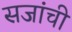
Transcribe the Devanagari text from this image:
सजांची